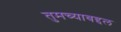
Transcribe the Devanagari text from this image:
तुमच्याबद्दल